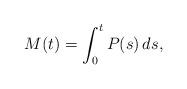
LaTeX: \begin{align*}M(t)&= \int_0^t P(s) \, ds,\end{align*}